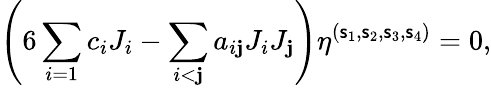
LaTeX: \left(6\sum_{i=1}c_{i}J_{i}-\sum_{i<\mathbf{j}}a_{i\mathbf{j}}J_{i}J_{\mathbf{j}}\right)\eta^{(\mathsf{s}_{1},\mathsf{s}_{2},\mathsf{s}_{3},\mathsf{s}_{4})}=0,